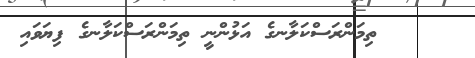
ތިމަންރަސްކަލާނގެ އަޅުންނީ ތިމަންރަސްކަލާނގެ ފިޔަވައި